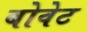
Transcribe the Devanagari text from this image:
बोवेट